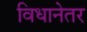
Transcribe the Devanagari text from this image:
विधानेतर